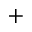
+